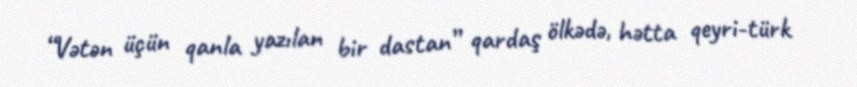
“Vətən üçün qanla yazılan bir dastan” qardaş ölkədə, hətta qeyri-türk